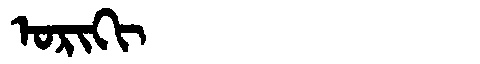
Manchu: ᠣᡵᡳᡴᡳ
Romanization: ORIKI